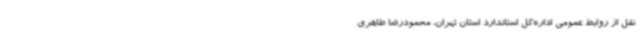
نقل از روابط عمومی اداره‌کل استاندارد استان تهران، محمودرضا طاهری